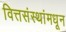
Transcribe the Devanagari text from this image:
वित्तसंस्थांमधून